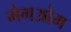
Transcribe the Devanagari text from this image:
मेगओम